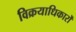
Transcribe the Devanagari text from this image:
विक्रयाधिकारों